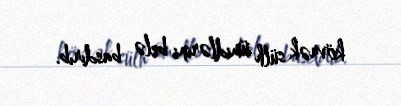
kövrək sülh ümidlərini belə basdırıb.